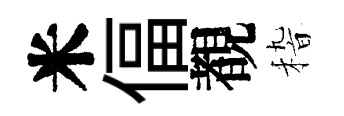
米偪覩𥟵